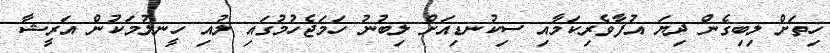
ހިތަށް ލިބިގެން ދިޔަ އުފާވެރިކަމާއި ސިކުނޑިއަށް ލިބުނު ހަމަޖެހުމުގައި ލުއި ހީނލުމަކުން އަރީޝާ